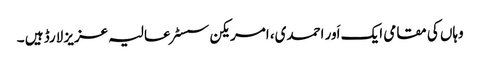
وہاں کی مقامی ایک اَور احمدی، امریکن سسٹر عالیہ عزیز لارڈ ہیں ۔